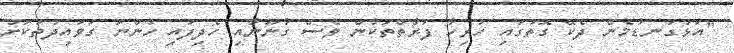
"އަޅުގަނޑުމެން ދެކޭ ގޮތުގައި ހުރިހާ ފަރާތްތަކުން ވެސް ގާނޫނާއި ހެދިފައި ހުންނަ ގަވައިދުތަކަށް